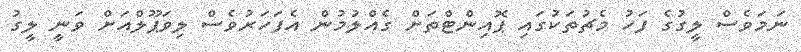
ނަމަވެސް ލީގުގެ ފަހު މެޗުތަކުގައި ޕޮއިންޓްތަށް ގެއްލުމުން އެފަހަރުވެސް ލިވަޕޫލްއަށް ވަނީ ލީގު